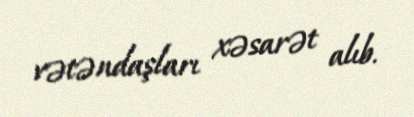
vətəndaşları xəsarət alıb.